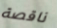
ناقصة